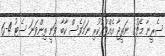
ސެރީނާ މެޗުގެ ނަތީޖާ އެއްވަރުކުރި ނަމަވެސް ކާބާ ވަނީ ތިންވަނަ ސެޓު 4-6